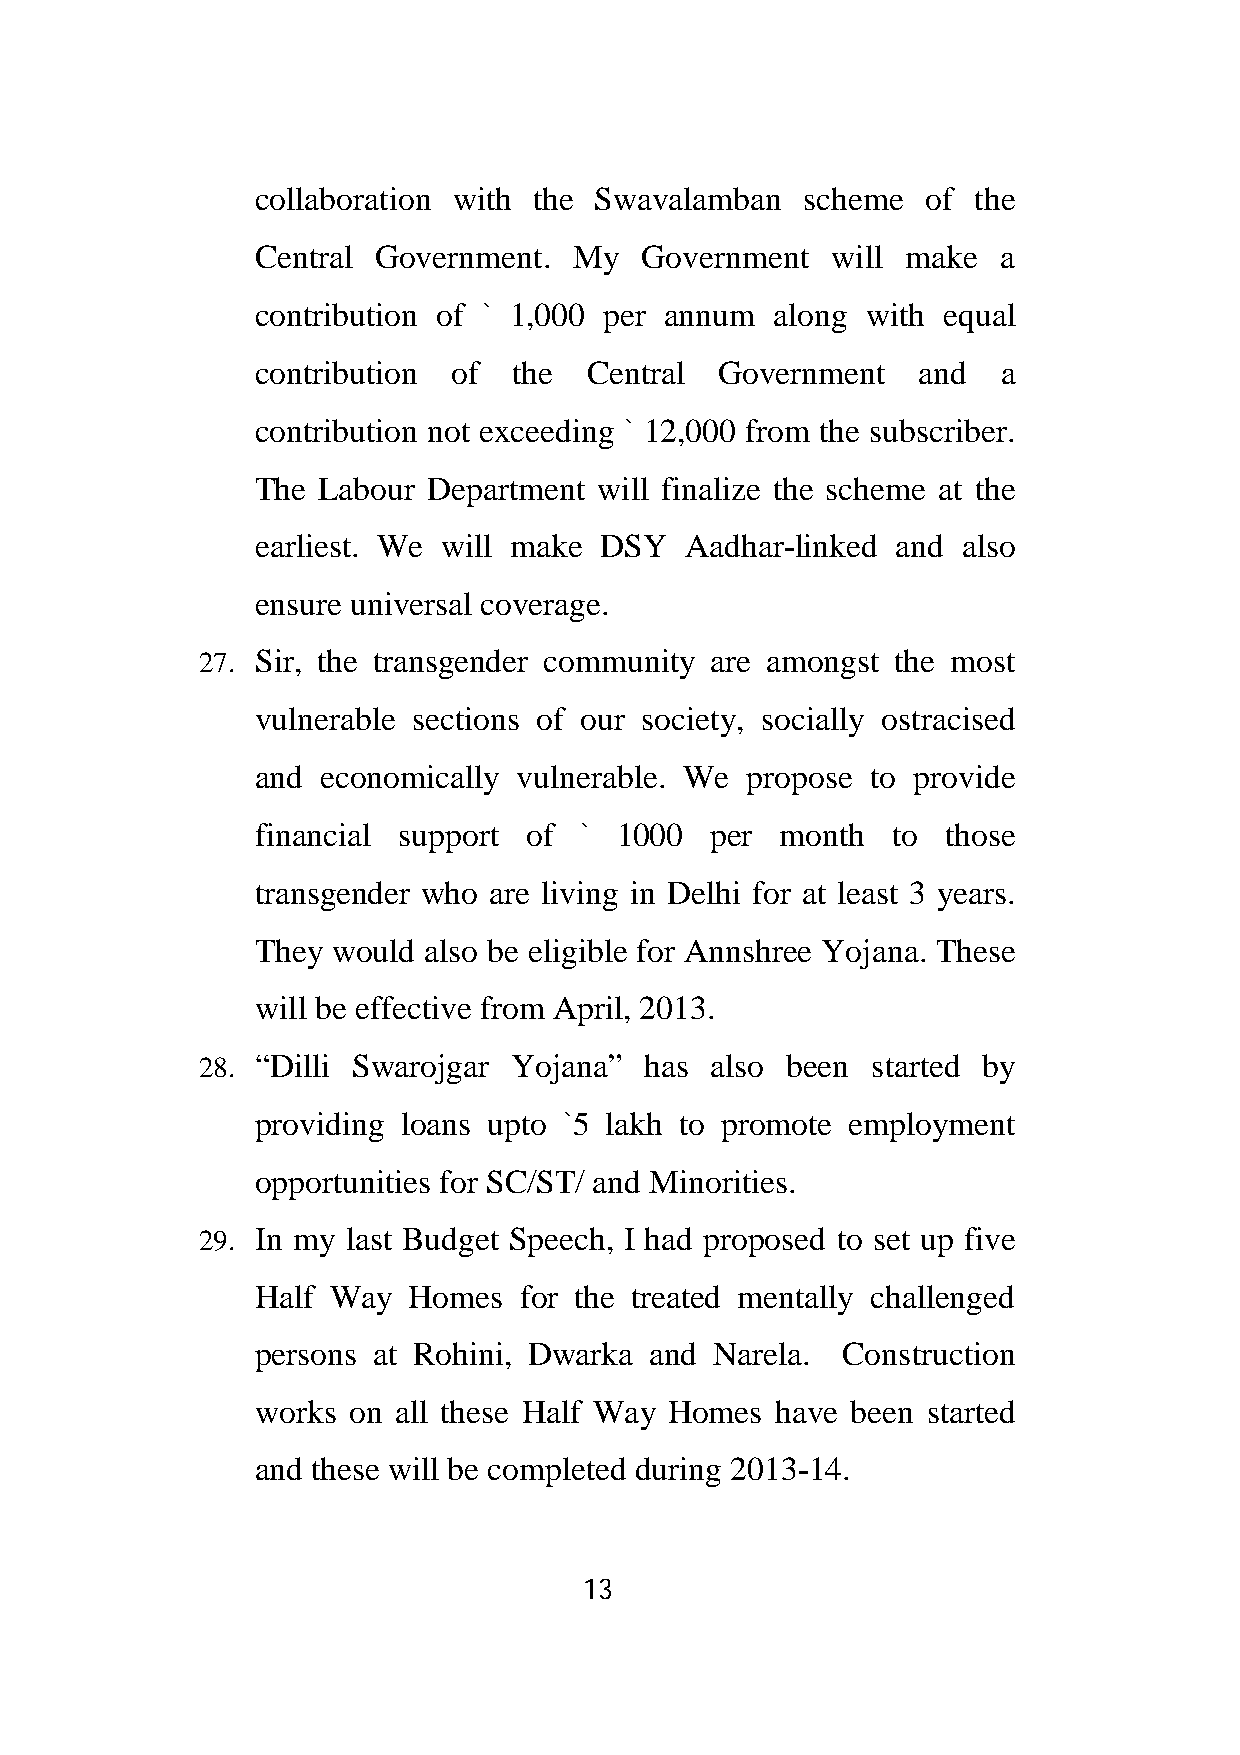
collaboration with the Swavalamban  scheme  of the
 Central Government.  My  Government   will make  a
 contribution of ` 1,000 per annum along with equal
 contribution of  the  Central  Government   and  a
 contribution not exceeding ` 12,000 from the subscriber.
 The Labour Department  will finalize the scheme at the
 earliest. We will make DSY  Aadhar-linked and  also
 ensure universal coverage.
 27. Sir, the transgender community are amongst the most
 vulnerable sections of our society, socially ostracised
 and economically vulnerable. We propose  to provide
 financial support of `  1000  per  month  to  those
 transgender who are living in Delhi for at least 3 years.
 They would also be eligible for Annshree Yojana. These
 will be effective from April, 2013.
 28. “Dilli Swarojgar Yojana”  has also been  started by
 providing loans upto `5 lakh to promote employment
 opportunities for SC/ST/ and Minorities.
 29. In my last Budget Speech, I had proposed to set up five
 Half Way  Homes  for the treated mentally challenged
 persons at Rohini, Dwarka and Narela.  Construction
 works on all these Half Way Homes have been started
 and these will be completed during 2013-14.
 13